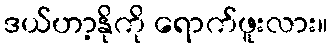
ဒယ်ဟာ့နိုကို ရောက်ဖူးလား။